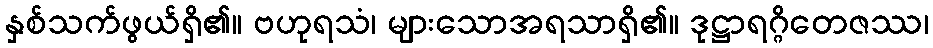
နှစ်သက်ဖွယ်ရှိ၏။ ဗဟုရသံ၊ များသောအရသာရှိ၏။ ဒုဋ္ဌာရဂ္ဂိတေဇဿ၊